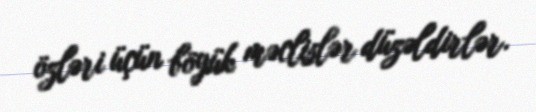
özləri üçün böyük məclislər düzəldirlər.